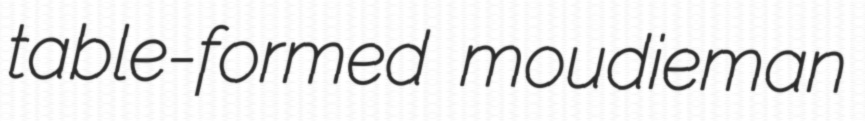
table-formed moudieman